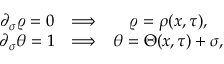
\begin{array} { c c c } { { \partial _ { \sigma } \varrho = 0 \hfill } } & { { \Longrightarrow } } & { { \varrho = \rho ( x , \tau ) , \hfill } } \\ { { \partial _ { \sigma } \theta = 1 \hfill } } & { { \Longrightarrow \hfill } } & { { \theta = \Theta ( x , \tau ) + \sigma , \hfill } } \end{array}